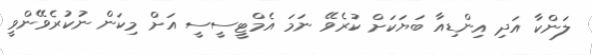
ލަންކާ އަދި އިންޑިއާ ބަޔަކަށް ކުރެވޭ ނަމަ އެމްޓީސީސީ އަށް މިކަން ނުކުރެވޭންވީ